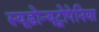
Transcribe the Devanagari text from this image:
स्यूडोन्यूट्रोपेनिया